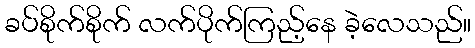
ခပ်စိုက်စိုက် လက်ပိုက်ကြည့်နေ ခဲ့လေသည်။